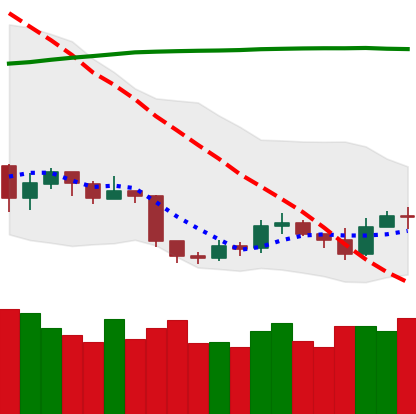
Ticker: ETH-USD
Chart end date: 2019-09-09
Forward return: 3.84%
Label: up_3_5